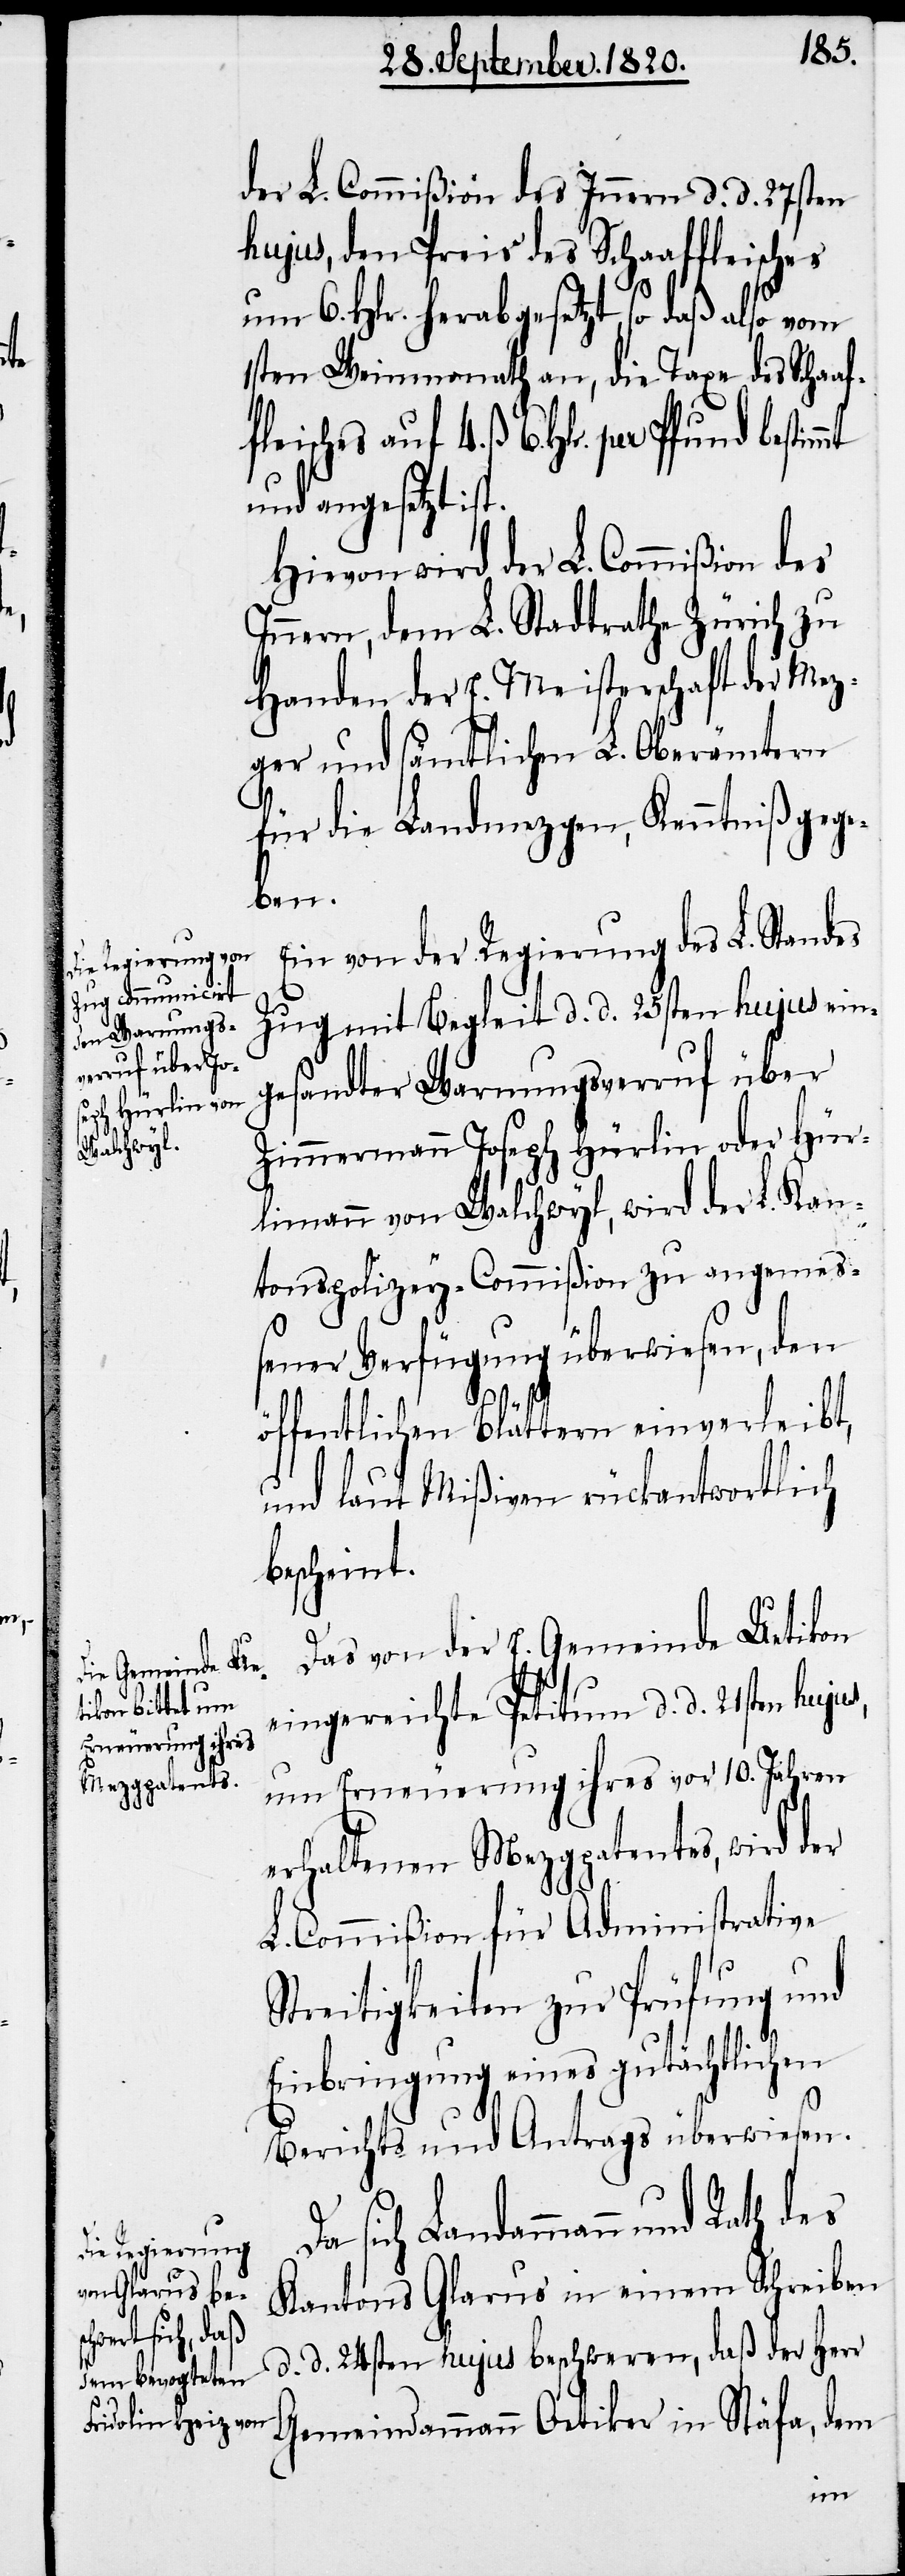
der L. Commißion des Innern d. d. 27sten
hujus, den Preis des Schaaffleisches
um 6. Hlr. herabgesetzt, so daß also
1sten Weinmonath an, die Taxe des Schaaf¬
leisches auf 4. ß. 6. Hlr. per Pfund
und angesetzt ist.
Hievon wird der L. Commißion des
Innern, dem L. Stadtrathe Zürich zu
Handen der E. Meisterschaft der Mez¬
ger und sämtlichen L. Oberämtern
für die Landmezgen, Kenntniß gege¬
ben.
Ein von der Regierung des L. Standes
Zug mit Begleit d. d. 25sten hujus ein¬
gesandter Warnungsverruf über
Zimmermann Joseph Hürlin oder Hür¬
limann von Walchwyl, wird der L. Kan¬
tonspolicey-Commißion zu angemes¬
sener Verfügung überwiesen, den
f¬
öffentlichen Blättern einverleibt,
und laut Mißiven rückantwortlich
bescheint.
Das von der E. Gemeinde Uetikon
eingereichte Petitum d. d. 21sten hujus,
um Erneuerung ihres vor 10. Jahren
erhaltenen Mezgpatentes, wird der
L. Commißion für Administrative
Streitigkeiten zur Prüfung und
Einbringung eines gutächtlichen
Berichts und Antrags überwiesen.
sich Landammann und Rath des
Kantons Glarus in einem Schreiben
d. d. 24sten hujus beschweren, daß der Herr
Gemeindammann Oetiker in Stäfa, dem